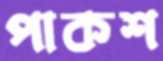
পাকশ